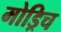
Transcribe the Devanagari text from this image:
मोड्रिच